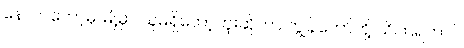
နောက်တော့မှ မြို့မှာ သူမရှိတော့ဘူးဆိုတာ ကျွန်တော်တို့ သိကြရတာပဲ